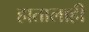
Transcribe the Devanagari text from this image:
हातालाही